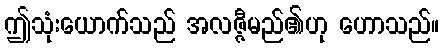
ဤသုံးယောက်သည် အလဇ္ဇီမည်၏ဟု ဟောသည်။